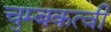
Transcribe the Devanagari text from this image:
चुम्बकत्वी